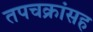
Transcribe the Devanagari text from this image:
तपचक्रांसह